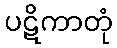
ပဋိကာတုံ